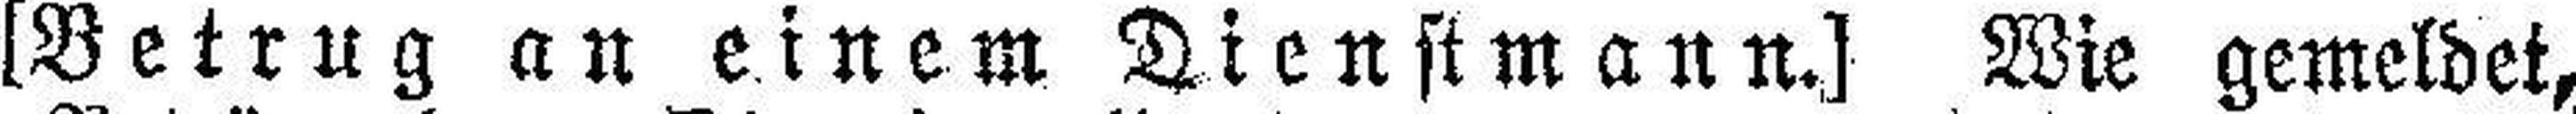
[Betrug an einem Dienstmann.] Wie gemeldet,